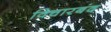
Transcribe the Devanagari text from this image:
विचारबंद